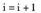
$$i = i + 1$$